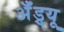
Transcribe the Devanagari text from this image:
अॅँड्र्यू